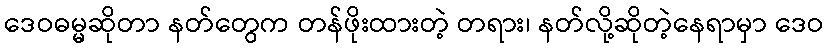
ဒေဝဓမ္မဆိုတာ နတ်တွေက တန်ဖိုးထားတဲ့ တရား၊ နတ်လို့ဆိုတဲ့နေရာမှာ ဒေဝ